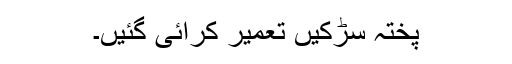
پختہ سڑکیں تعمیر کرائی گئیں۔